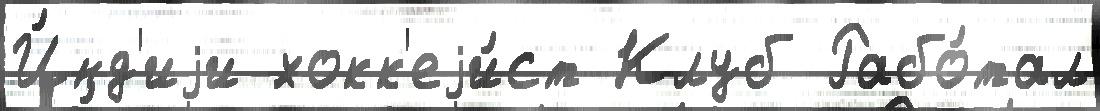
И́нд'иjи хокк'еjи́ст Клуб Рабо́тал